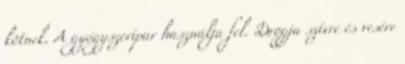
kötnek. A gyógyszeripar használja fel. Drogja szívre és vesére